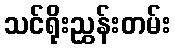
သင်ရိုးညွှန်းတမ်း